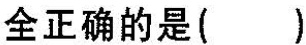
全正确的是( )